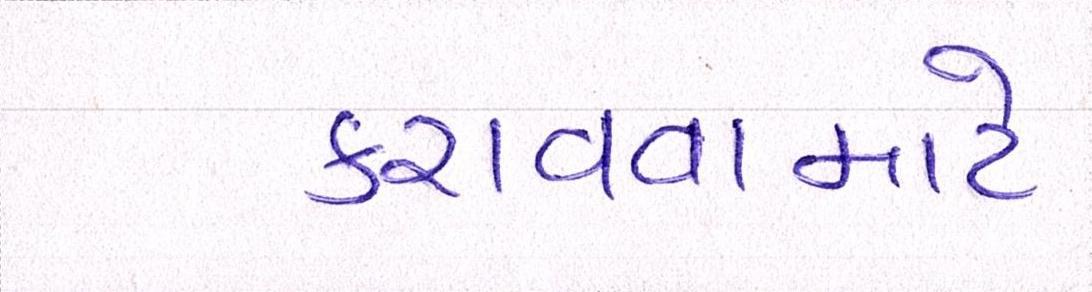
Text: કરાવવામાટે